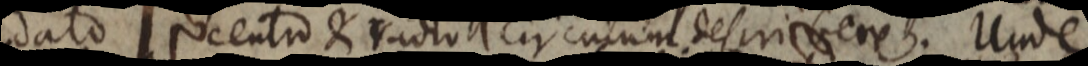
dato centro & radio circulum describere. Unde